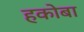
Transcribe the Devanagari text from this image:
हकोबा